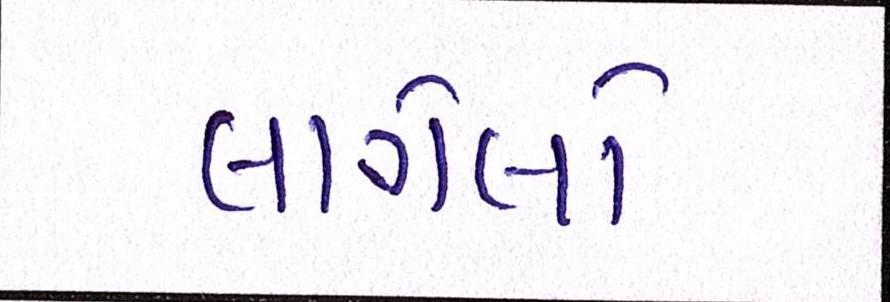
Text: લાગેલો